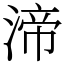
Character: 渧